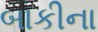
બાકીના